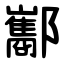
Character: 酅